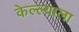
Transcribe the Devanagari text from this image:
केल्ल्याला